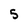
Character: 5